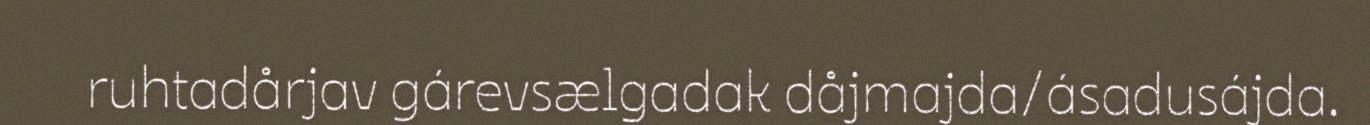
ruhtadårjav gárevsælgadak dåjmajda/ásadusájda.